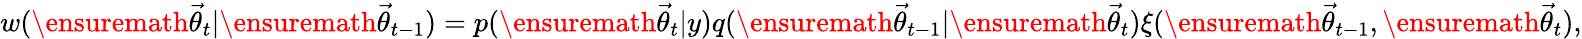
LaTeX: w(\ensuremath{\vec{\theta}}_{t}|\ensuremath{\vec{\theta}}_{t-1})=p(\ensuremath{\vec{\theta}}_{t}|y)q(\ensuremath{\vec{\theta}}_{t-1}|\ensuremath{\vec{\theta}}_{t})\xi(\ensuremath{\vec{\theta}}_{t-1},\ensuremath{\vec{\theta}}_{t}),